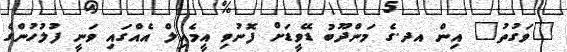
"ވަގުތު" އިން އދ.ގެ މަންދޫބު ޑޭވީޑަށް ފޮނުވި އީމެއިލް އެއްގައި ވަނީ ފުލުހުންގެ